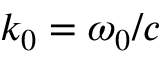
k _ { 0 } = \omega _ { 0 } / c